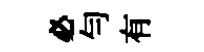
必勻有